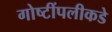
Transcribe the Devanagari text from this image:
गोष्टींपलीकडे